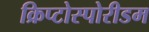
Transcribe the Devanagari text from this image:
क्रिप्टोस्पोरीडम